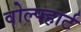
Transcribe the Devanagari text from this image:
वोल्फ्हार्ट